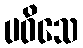
ပဝိသေ